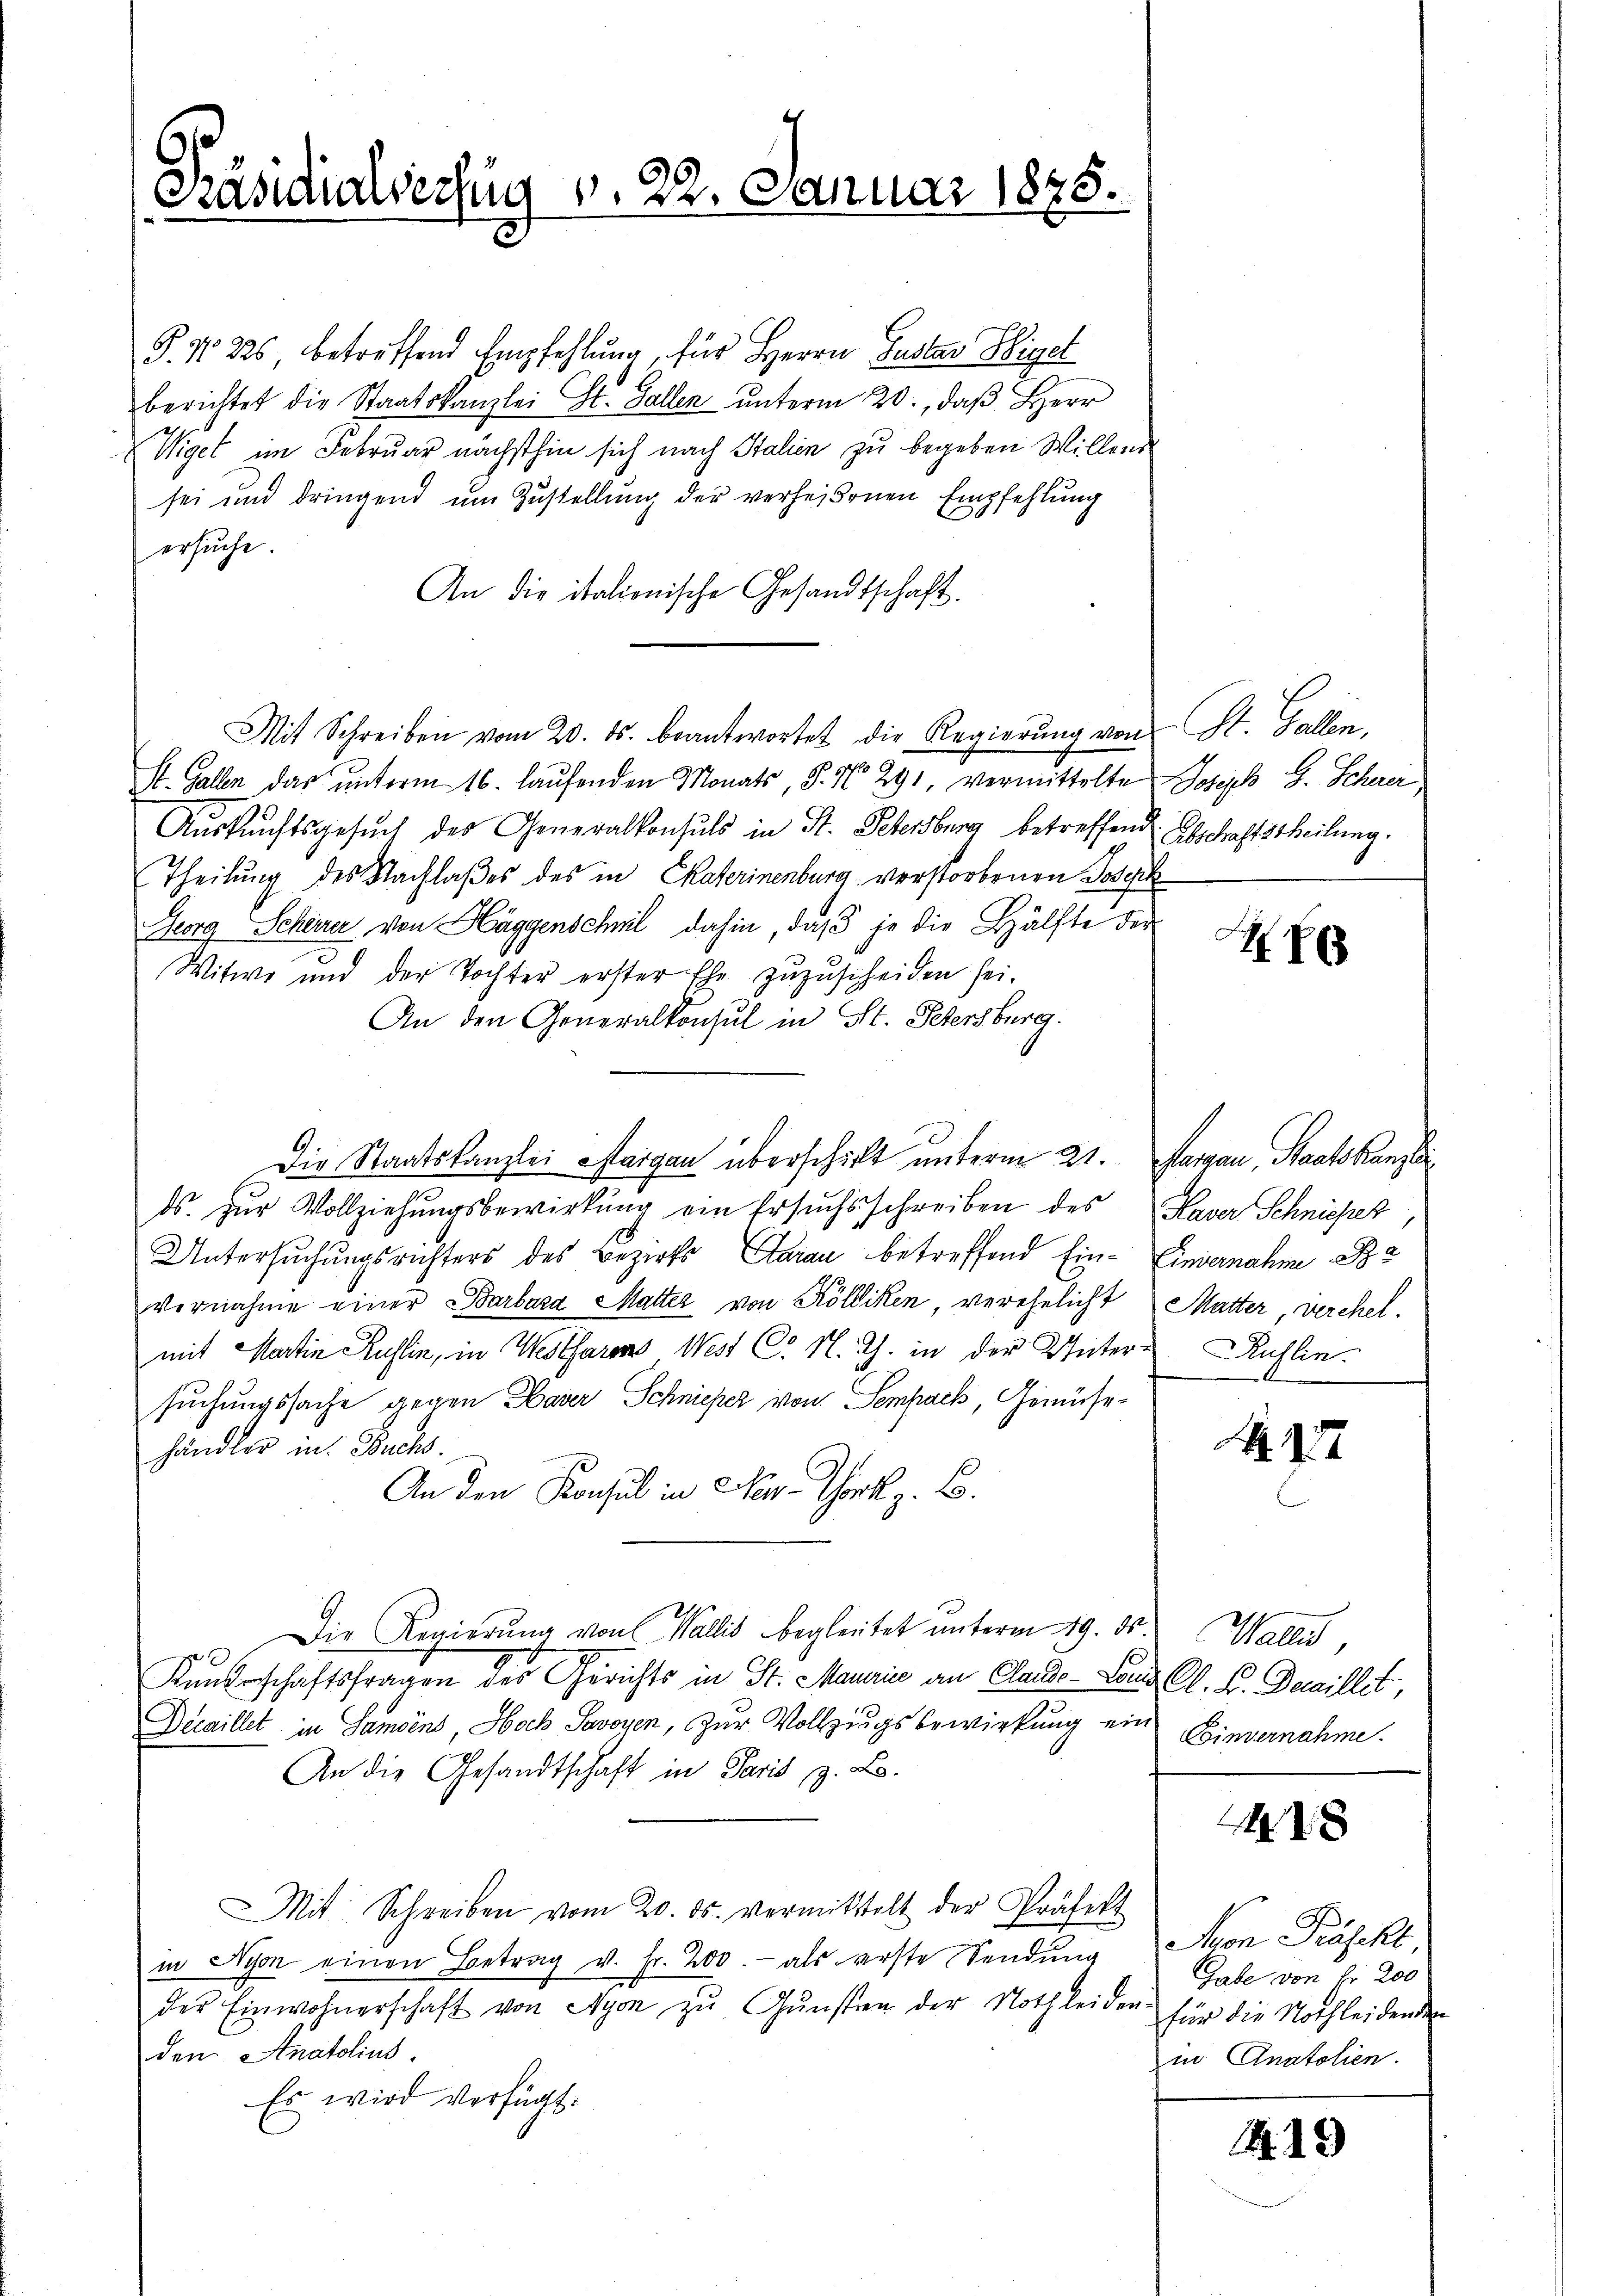
Präsidialverzug v. 22. Januar 1875.

P. Nr. 225 betreffend Empfehlung, für Herrn Gustav Higel
berichtet die Staatskanzlei St. Gallen ŭnterm 20., daβ Herr
Wiget im Februar nächsthin sich nach Italien zu begeben Willend
sei und dringend um Zustellung der verheißenen Empfehlung
ersuche.
An die italionische Gesandtschaft.
St. Gallen das unterm 16. laufenden Monats, S. N 291, vermittelte Joseph G. Schwer
Auskunftsgesuch des Generalkonsuls in St. Petersburg betreffend Abschaftstheilung.
Theilung des Nachlaßes des in Chaterinenburg verstorbenen Joseph
Georg Scherer von Häggenschwil dahin, daß je die Hälfte der
Witwe und der Tochter erster Ehe zuzuscheiden sei.
An den Generalkonsul in St. Petersburg.
ds. zŭr Vollziehungsbewirkung ein Ersuchsschreiben des Kaver Schniefer
Untersuchungsrichters des Bezirks Garan betreffend Ein- Einvernahme S. 2
vernahme einer Barbara Matter von Kölliken, verehelicht Mutter, verehel.
mit Martin Kuhlin, in Westfaren West C. N. Th. in der Unter-Rühlin
suchungssache gegen Daver Schnieper von Sempach, Gemüsehändler in Buchs.
An den Konsul in New-York z. B.
Die Regierung von Wallis begleitet unterm 19. ds. Wallis,
Kuntschaftsfragen des Gerichts in St. Maurice an Claude - Lande Cl. C. Detaillet,
Decaillet in Samoins, Hoch Savoyen, zur Vollzungsbewirkung ein Einvernahme.
An die Gesandtschaft in Paris z. B.
Mit Schreiben vom 20. ds. vermittelt der Präfekt
in Nyon einen Betrag v. fr. 200.- als erste Sendung
der Einwohnerschaft von Nyon zŭ Gŭnsten der Nothleiden für die Nothleidenden
den Anatolins.
Es wird verfügt:

Mit Schreiben vom 20. ds. beantwortet die Regierŭng von St. Gallen,

Die Staatskanzlei Margau überschieht unterm 21. Margau, Staatskanzlei

A 868

A. 17

28

Mon Präsekt
Gabe von Fr. 200
in Anatolien.

2.19